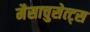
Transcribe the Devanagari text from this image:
मैसाचुसेत्ट्स